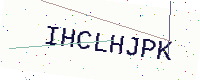
Text: IHCLHJPK